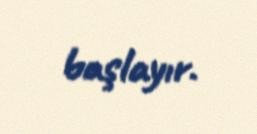
başlayır.